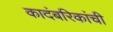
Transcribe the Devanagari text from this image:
कादंबरिकांची